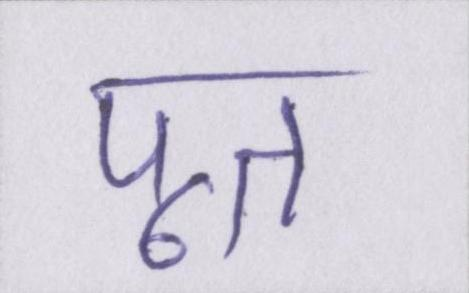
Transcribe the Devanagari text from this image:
पूत